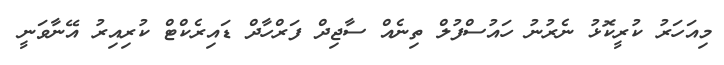
މިއަހަރު ކުރީކޮޅު ނެރުނު ހައުސްފުލް ތިނެއް ސާޖިދް ފަރްހާދް ޑައިރެކްޓް ކުރިއިރު އޭނާވަނީ